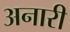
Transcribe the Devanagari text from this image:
अनारी